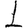
Digit: 1